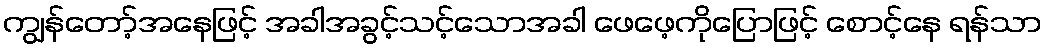
ကျွန်တော့်အနေဖြင့် အခါအခွင့်သင့်သောအခါ ဖေဖေ့ကိုပြောဖြင့် စောင့်နေ ရန်သာ